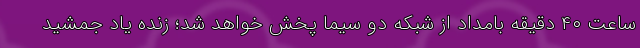
ساعت ۴۰ دقیقه بامداد از شبکه دو سیما پخش خواهد شد؛ زنده یاد جمشید